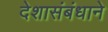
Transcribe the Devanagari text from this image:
देशासंबंधाने